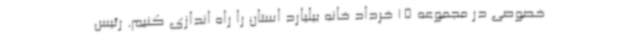
خصوصی در مجموعه 15 خرداد خانه بیلیارد استان را راه اندازی کنیم. رئیس